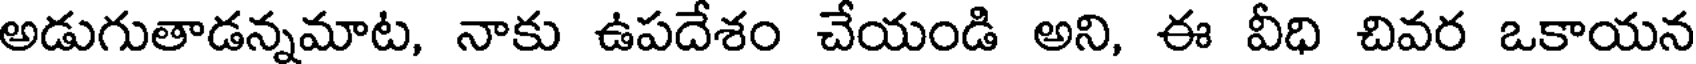
అడుగుతాడన్నమాట, నాకు ఉపదేశం చేయండి అని, ఈ వీధి చివర ఒకాయన